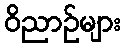
ဝိညာဉ်များ